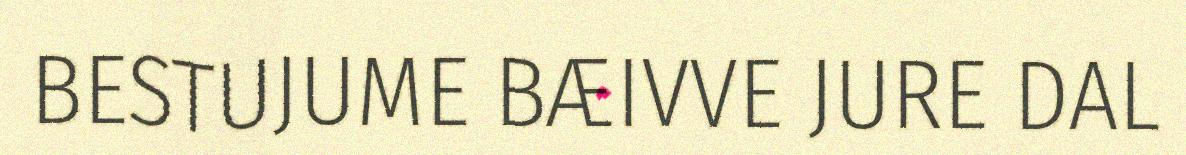
BESTUJUME BÆIVVE JURE DAL